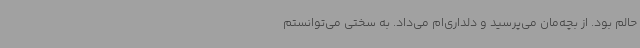
حالم بود. از بچه‌مان می‌پرسید و دلداری‌ام می‌داد. به سختی می‌توانستم